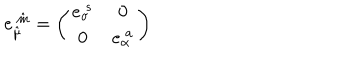
{ e _ { \hat { \mu } } ^ { \ \hat { m } } = \left( \begin{matrix} { { e _ { \sigma } ^ { \ s } } } & { { 0 } } \\ { { 0 } } & { { e _ { \alpha } ^ { \ a } } } \\ \end{matrix} \right) }